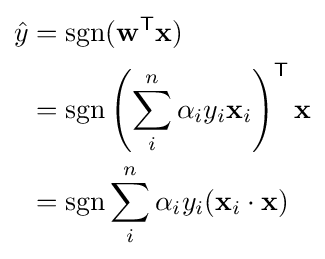
{\begin{aligned}{\hat {y}}&=\operatorname {sgn}(\mathbf {w} ^{\mathsf {T}}\mathbf {x} )\\&=\operatorname {sgn} \left(\sum _{i}^{n}\alpha _{i}y_{i}\mathbf {x} _{i}\right)^{\mathsf {T}}\mathbf {x} \\&=\operatorname {sgn} \sum _{i}^{n}\alpha _{i}y_{i}(\mathbf {x} _{i}\cdot \mathbf {x} )\end{aligned}}